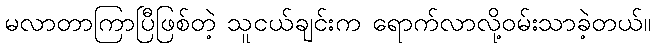
မလာတာကြာပြီဖြစ်တဲ့ သူငယ်ချင်းက ရောက်လာလို့ဝမ်းသာခဲ့တယ်။